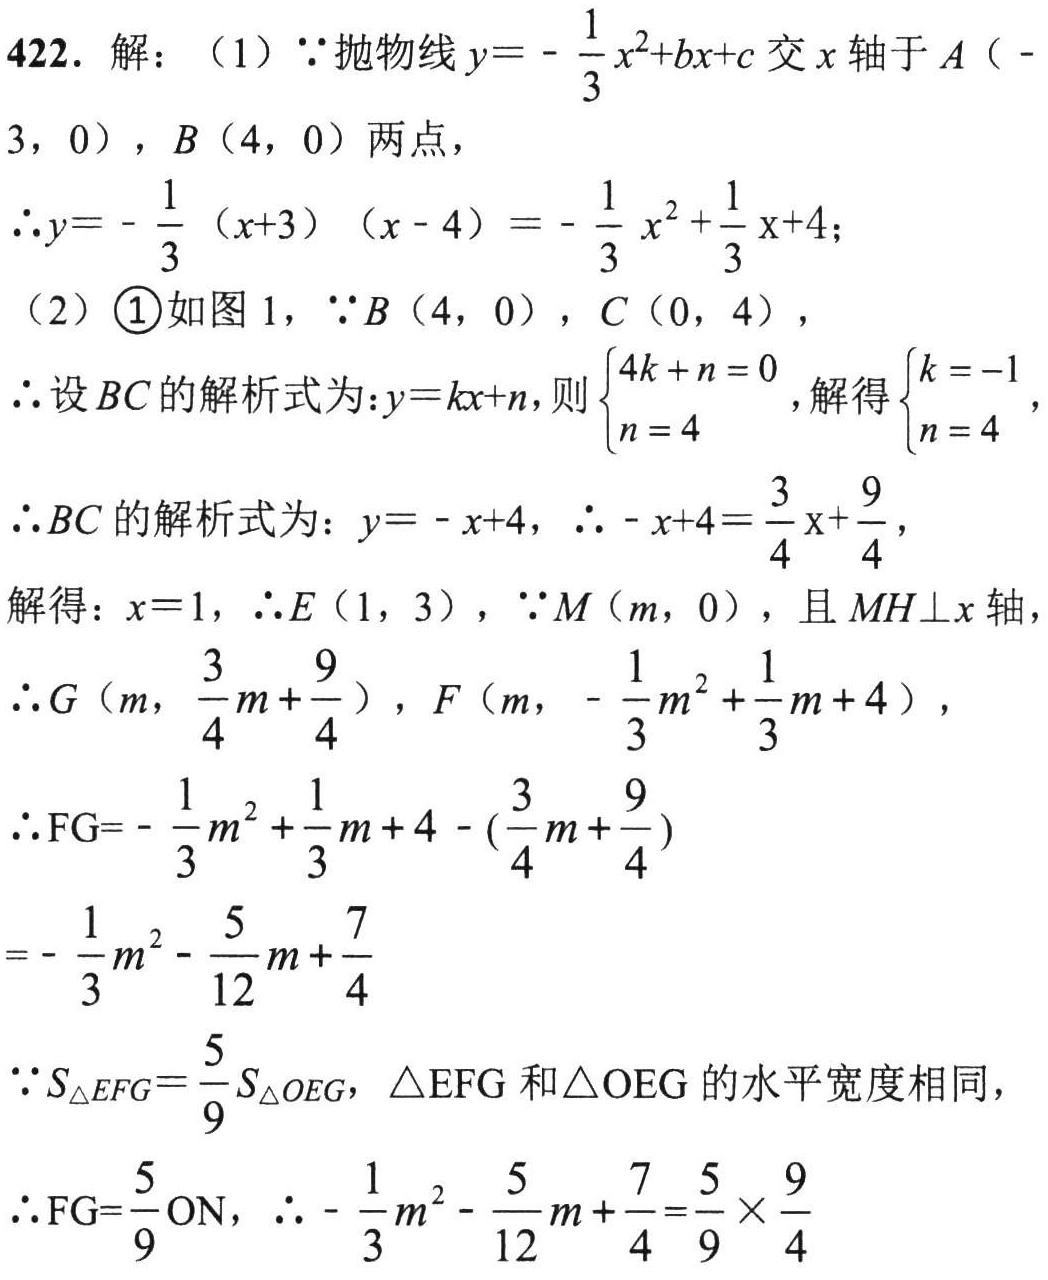
422. 解：（1）$\because$抛物线$y = -\frac{1}{3}x^{2}+bx + c$交$x$轴于$A(-3,0)$，$B(4,0)$两点，
$\therefore y = -\frac{1}{3}(x + 3)(x - 4)=-\frac{1}{3}x^{2}+\frac{1}{3}x + 4$；
（2）\textcircled{1}如图1，$\because B(4,0)$，$C(0,4)$，
$\therefore$设$BC$的解析式为：$y = kx + n$，则$\begin{cases}4k + n = 0\\n = 4\end{cases}$，解得$\begin{cases}k = -1\\n = 4\end{cases}$，
$\therefore BC$的解析式为：$y = -x + 4$，$\therefore -x + 4=\frac{3}{4}x+\frac{9}{4}$，
解得：$x = 1$，$\therefore E(1,3)$，$\because M(m,0)$，且$MH\perp x$轴
$\therefore G\left(m,\frac{3}{4}m+\frac{9}{4}\right)$，$F\left(m,-\frac{1}{3}m^{2}+\frac{1}{3}m + 4\right)$，
$\therefore FG=-\frac{1}{3}m^{2}+\frac{1}{3}m + 4-\left(\frac{3}{4}m+\frac{9}{4}\right)$
$=-\frac{1}{3}m^{2}-\frac{5}{12}m+\frac{7}{4}$
$\because S_{\triangle EFG}=\frac{5}{9}S_{\triangle OEG}$，$\triangle EFG$和$\triangle OEG$的水平宽度相同，
$\therefore FG=\frac{5}{9}ON$，$\therefore -\frac{1}{3}m^{2}-\frac{5}{12}m+\frac{7}{4}=\frac{5}{9}\times\frac{9}{4}$